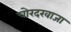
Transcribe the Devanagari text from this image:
चोरदरवाजा